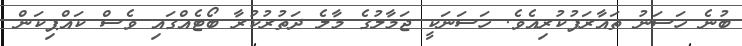
ބުނެ ހަސަނު ތައާރަފުކުރިއެވެ. ހަސަނަކީ ޖަމާލުގެ މާލެ ދަތުރުކުރާ ބޯޓެއްގައި ވެސް ކައްޕިކަން